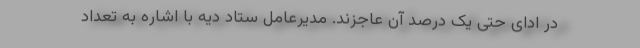
در ادای حتی یک درصد آن عاجزند. مدیرعامل ستاد دیه با اشاره به تعداد